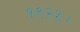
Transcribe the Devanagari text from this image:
१९२५।